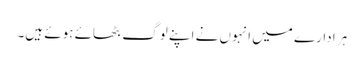
ہر ادارے میں انہوں نے اپنے لوگ بٹھائے ہوئے ہیں۔